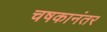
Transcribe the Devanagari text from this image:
चषकानंतर